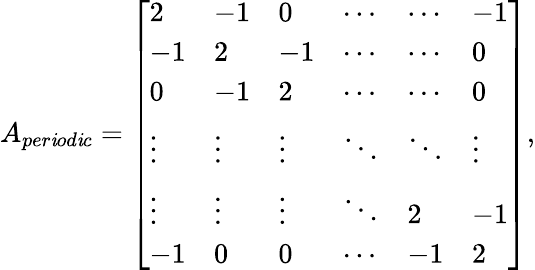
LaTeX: A_{per\mathit{i}od\mathit{i}c}=\left[\begin{array}{llllll}{2}&{-1}&{0}&{\cdots}&{\cdots}&{-1}\\ {-1}&{2}&{-1}&{\cdots}&{\cdots}&{0}\\ {0}&{-1}&{2}&{\cdots}&{\cdots}&{0}\\ {\vdots}&{\vdots}&{\vdots}&{\ddots}&{\ddots}&{\vdots}\\ {\vdots}&{\vdots}&{\vdots}&{\ddots}&{2}&{-1}\\ {-1}&{0}&{0}&{\cdots}&{-1}&{2}\end{array}\right],